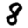
Digit: 8